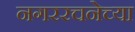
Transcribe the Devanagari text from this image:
नगररचनेच्या